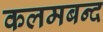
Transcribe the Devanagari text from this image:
कलमबन्द